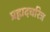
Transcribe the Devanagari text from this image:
प्रह्लादचरित्र